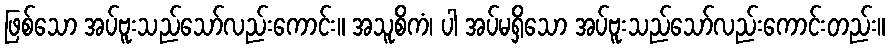
ဖြစ်သော အပ်ဗူးသည်သော်လည်းကောင်း။ အသူစိကံ၊ ပါ အပ်မရှိသော အပ်ဗူးသည်သော်လည်းကောင်းတည်း။